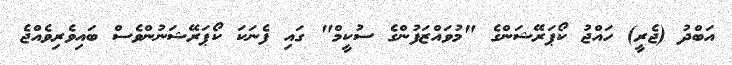
އަބްދު (ޖެރީ) ހައްޖު ކޯޕަރޭޝަންގެ "މުވައްޒަފުންގެ ސުކީމް" ގައި ފެނަކަ ކޯޕަރޭޝަނުންވެސް ބައިވެރިވެއްޖެ